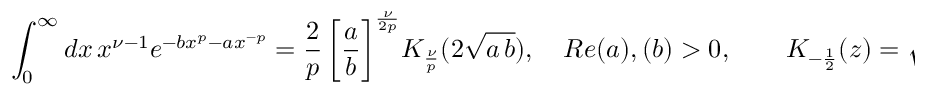
\int _ { 0 } ^ { \infty } d x \, x ^ { \nu - 1 } e ^ { - b x ^ { p } - a x ^ { - p } } = \frac { 2 } { p } \, \bigg [ \frac { a } { b } \bigg ] ^ { \frac { \nu } { 2 p } } K _ { \frac { \nu } { p } } ( 2 \sqrt { a \, b } ) , \quad R e ( a ) , ( b ) > 0 , \qquad K _ { - \frac { 1 } { 2 } } ( z ) = \sqrt { \frac { \pi } { 2 z } } \, e ^ { - z }